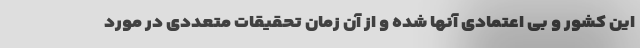
این کشور و بی اعتمادی آنها شده و از آن زمان تحقیقات متعددی در مورد